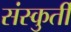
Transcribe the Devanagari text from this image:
संस्कुर्ती